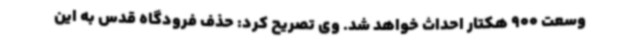
وسعت 900 هکتار احداث خواهد شد. وی تصریح کرد: حذف فرودگاه قدس به این